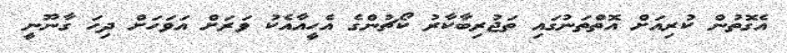
އެގޮތުން ކުރިއަށް އޮތްތަނުގައި ތަޖުރިބާކާރު ކޯޗުންގެ އެހީއާއެކު ވަރަށް އަވަހަށް ދިހަ ގާނޫނީ